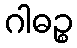
ဂါဓဉ္စ